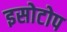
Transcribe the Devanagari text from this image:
इसोटोप